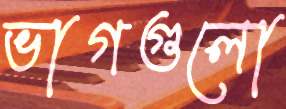
ভাগগুলো